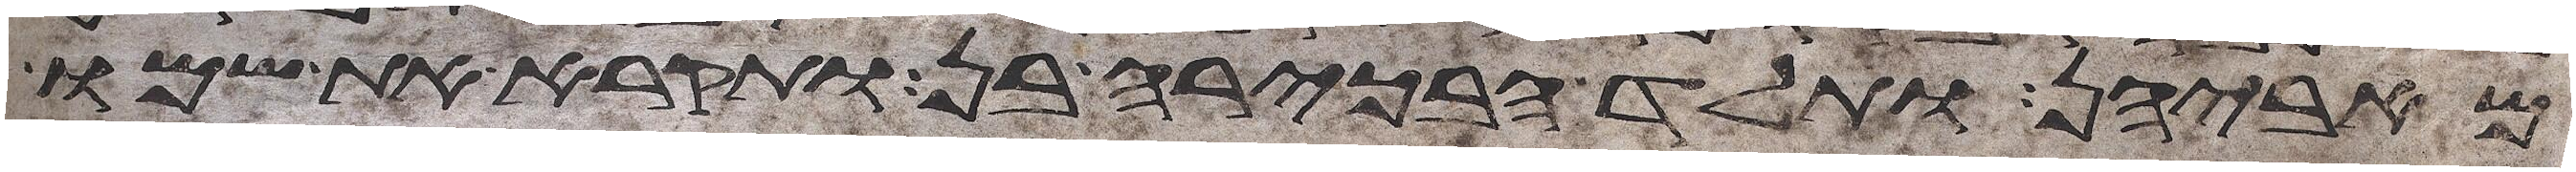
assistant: מאביהן ותלד הבכירה בן ותקרא את שמו